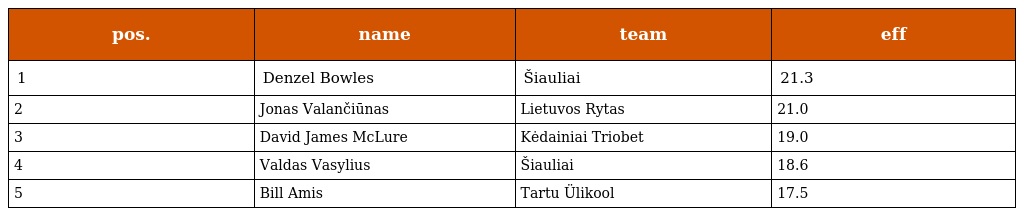
| pos. | name | team | eff |
 | --- | --- | --- | --- |
 | 1 | Denzel Bowles | Šiauliai | 21.3 |
 | 2 | Jonas Valančiūnas | Lietuvos Rytas | 21.0 |
 | 3 | David James McLure | Kėdainiai Triobet | 19.0 |
 | 4 | Valdas Vasylius | Šiauliai | 18.6 |
 | 5 | Bill Amis | Tartu Ülikool | 17.5 |